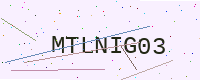
Text: MTLNIG03